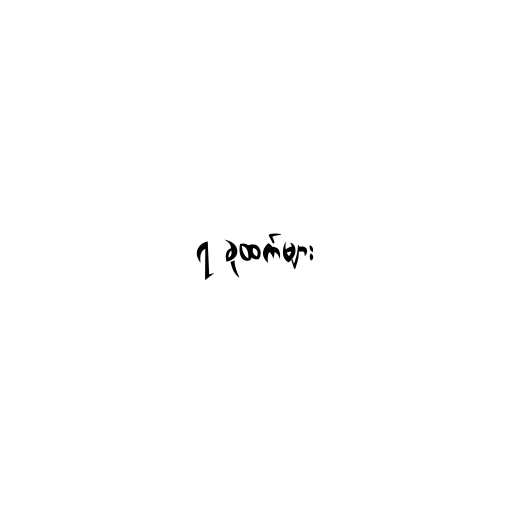
၇ ခုထက်များ